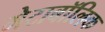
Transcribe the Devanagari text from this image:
मेटाबॉलिक